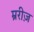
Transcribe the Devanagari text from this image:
म्ररीज़